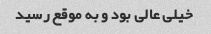
خیلی عالی بود و به موقع رسید